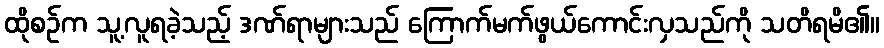
ထိုစဉ်က သူ့လူရခဲ့သည့် ဒဏ်ရာများသည် ကြောက်မက်ဖွယ်ကောင်းလှသည်ကို သတိရမိ၏။